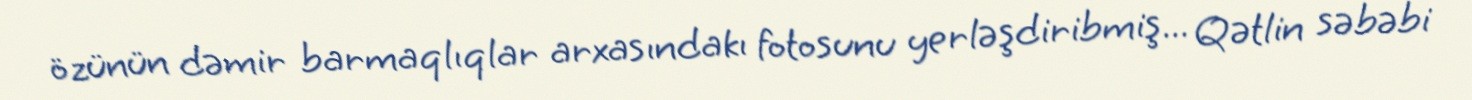
özünün dəmir barmaqlıqlar arxasındakı fotosunu yerləşdiribmiş... Qətlin səbəbi